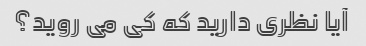
آیا نظری دارید که کی می روید؟